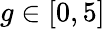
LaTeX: g\in\left[0,5\right]